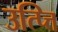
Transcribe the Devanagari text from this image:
उत्प्त्ति